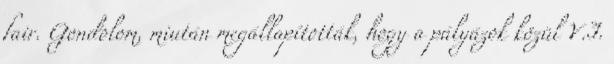
fair. Gondolom, miután megállapították, hogy a pályázok közül V.I.